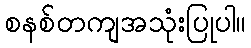
စနစ်တကျအသုံးပြုပါ။